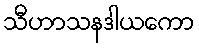
သီဟာသနဒါယကော